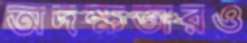
অদক্ষতারও